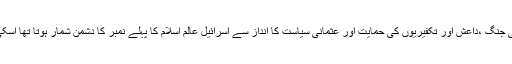
ترک حکومت کی جانب سے مذہبی اور فرقہ واریت کی جنگ ،داعش اور تکفیریوں کی حمایت اور عثمانی سیاست کا انداز سے اسرائیل عالم اسلام کا پہلے نمبر کا دشمن شمار ہوتا تھا اسکی جگہ پر داعش اور دیگر انتہاء پسند تنظیمیں آگئی ہیں۔